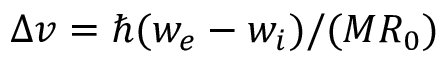
\Delta v = \hbar ( w _ { e } - w _ { i } ) / ( M R _ { 0 } )